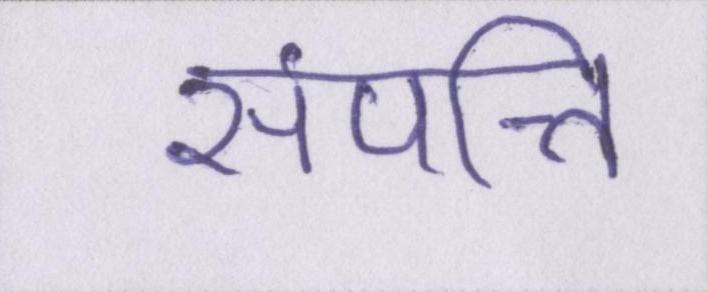
संपत्ति